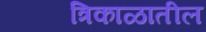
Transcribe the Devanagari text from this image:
त्रिकाळातील